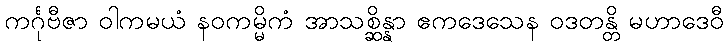
ကင်္ဂုဗီဇာ ဝါကမယံ နဝကမ္မိကံ အာသစ္ဆိန္နာ ဧကဒေသေန ဝဒတန္တိ မဟာဒေဝီ